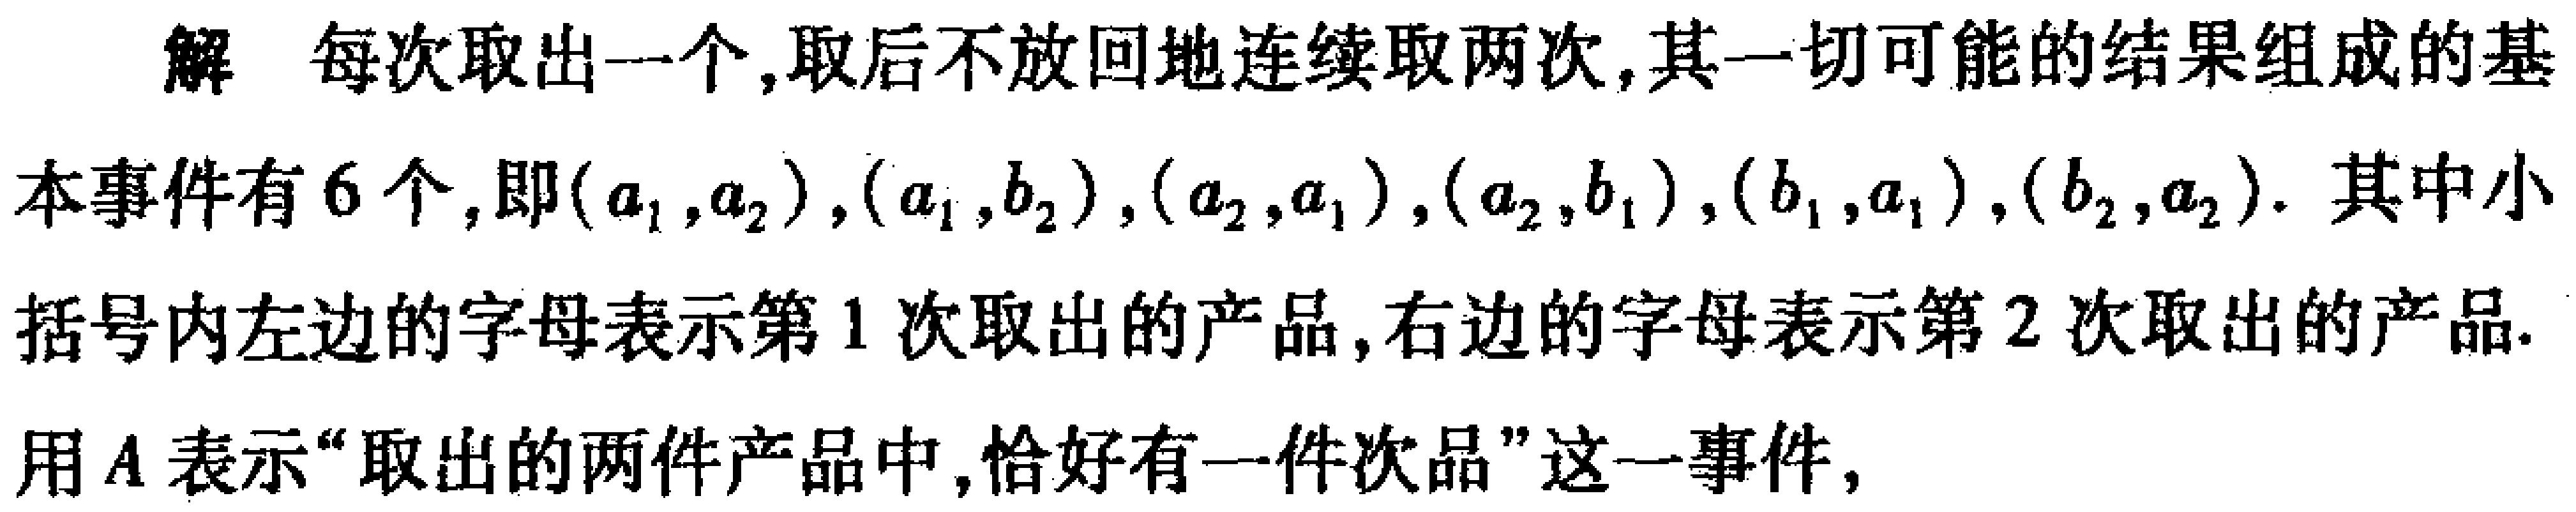
解 每次取出一个,取后不放回地连续取两次,其一切可能的结果组成的基本事件有$6$个,即$(a_{1},a_{2}),(a_{1},b_{2}),(a_{2},a_{1}),(a_{2},b_{1}),(b_{1},a_{1}),(b_{2},a_{2})$. 其中小括号内左边的字母表示第$1$次取出的产品,右边的字母表示第$2$次取出的产品.用$A$表示“取出的两件产品中,恰好有一件次品”这一事件,